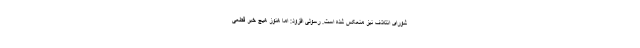
شورای ائتلاف نیز منعکس شده است. رسولی افزود: اما هنوز هیچ خبر قطعی